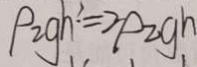
\rho _ { 2 } g h ^ { \prime } = 2 \rho _ { 2 } g h